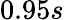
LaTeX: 0.95s